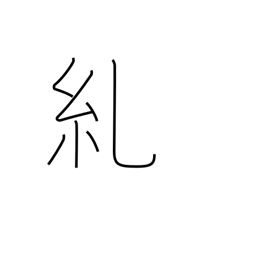
Meaning: twist (rope)